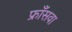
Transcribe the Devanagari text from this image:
फ्राँसवा